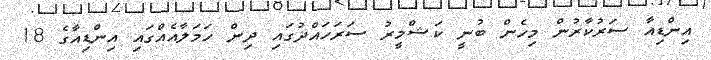
އިންޑިއާ ސަރުކާރުން މިހެން ބުނީ ކަޝްމީރު ސަރަހައްދުގައި ދިން ހަމަލާއެއްގައި އިންޑިއާގެ 18